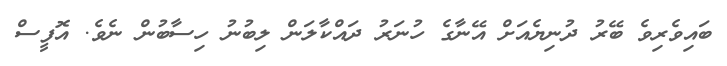
ބައިވެރިވެ ބޭރު ދުނިޔެއަށް އޭނާގެ ހުނަރު ދައްކާލަން ލިބުނު ހިސާބުން ނެވެ. އޮފީސް